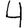
Digit: 4